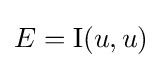
E=\mathrm {I} (u,u)